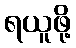
ရယူဖို့